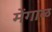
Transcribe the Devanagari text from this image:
मेंगाळ